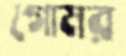
গোমর